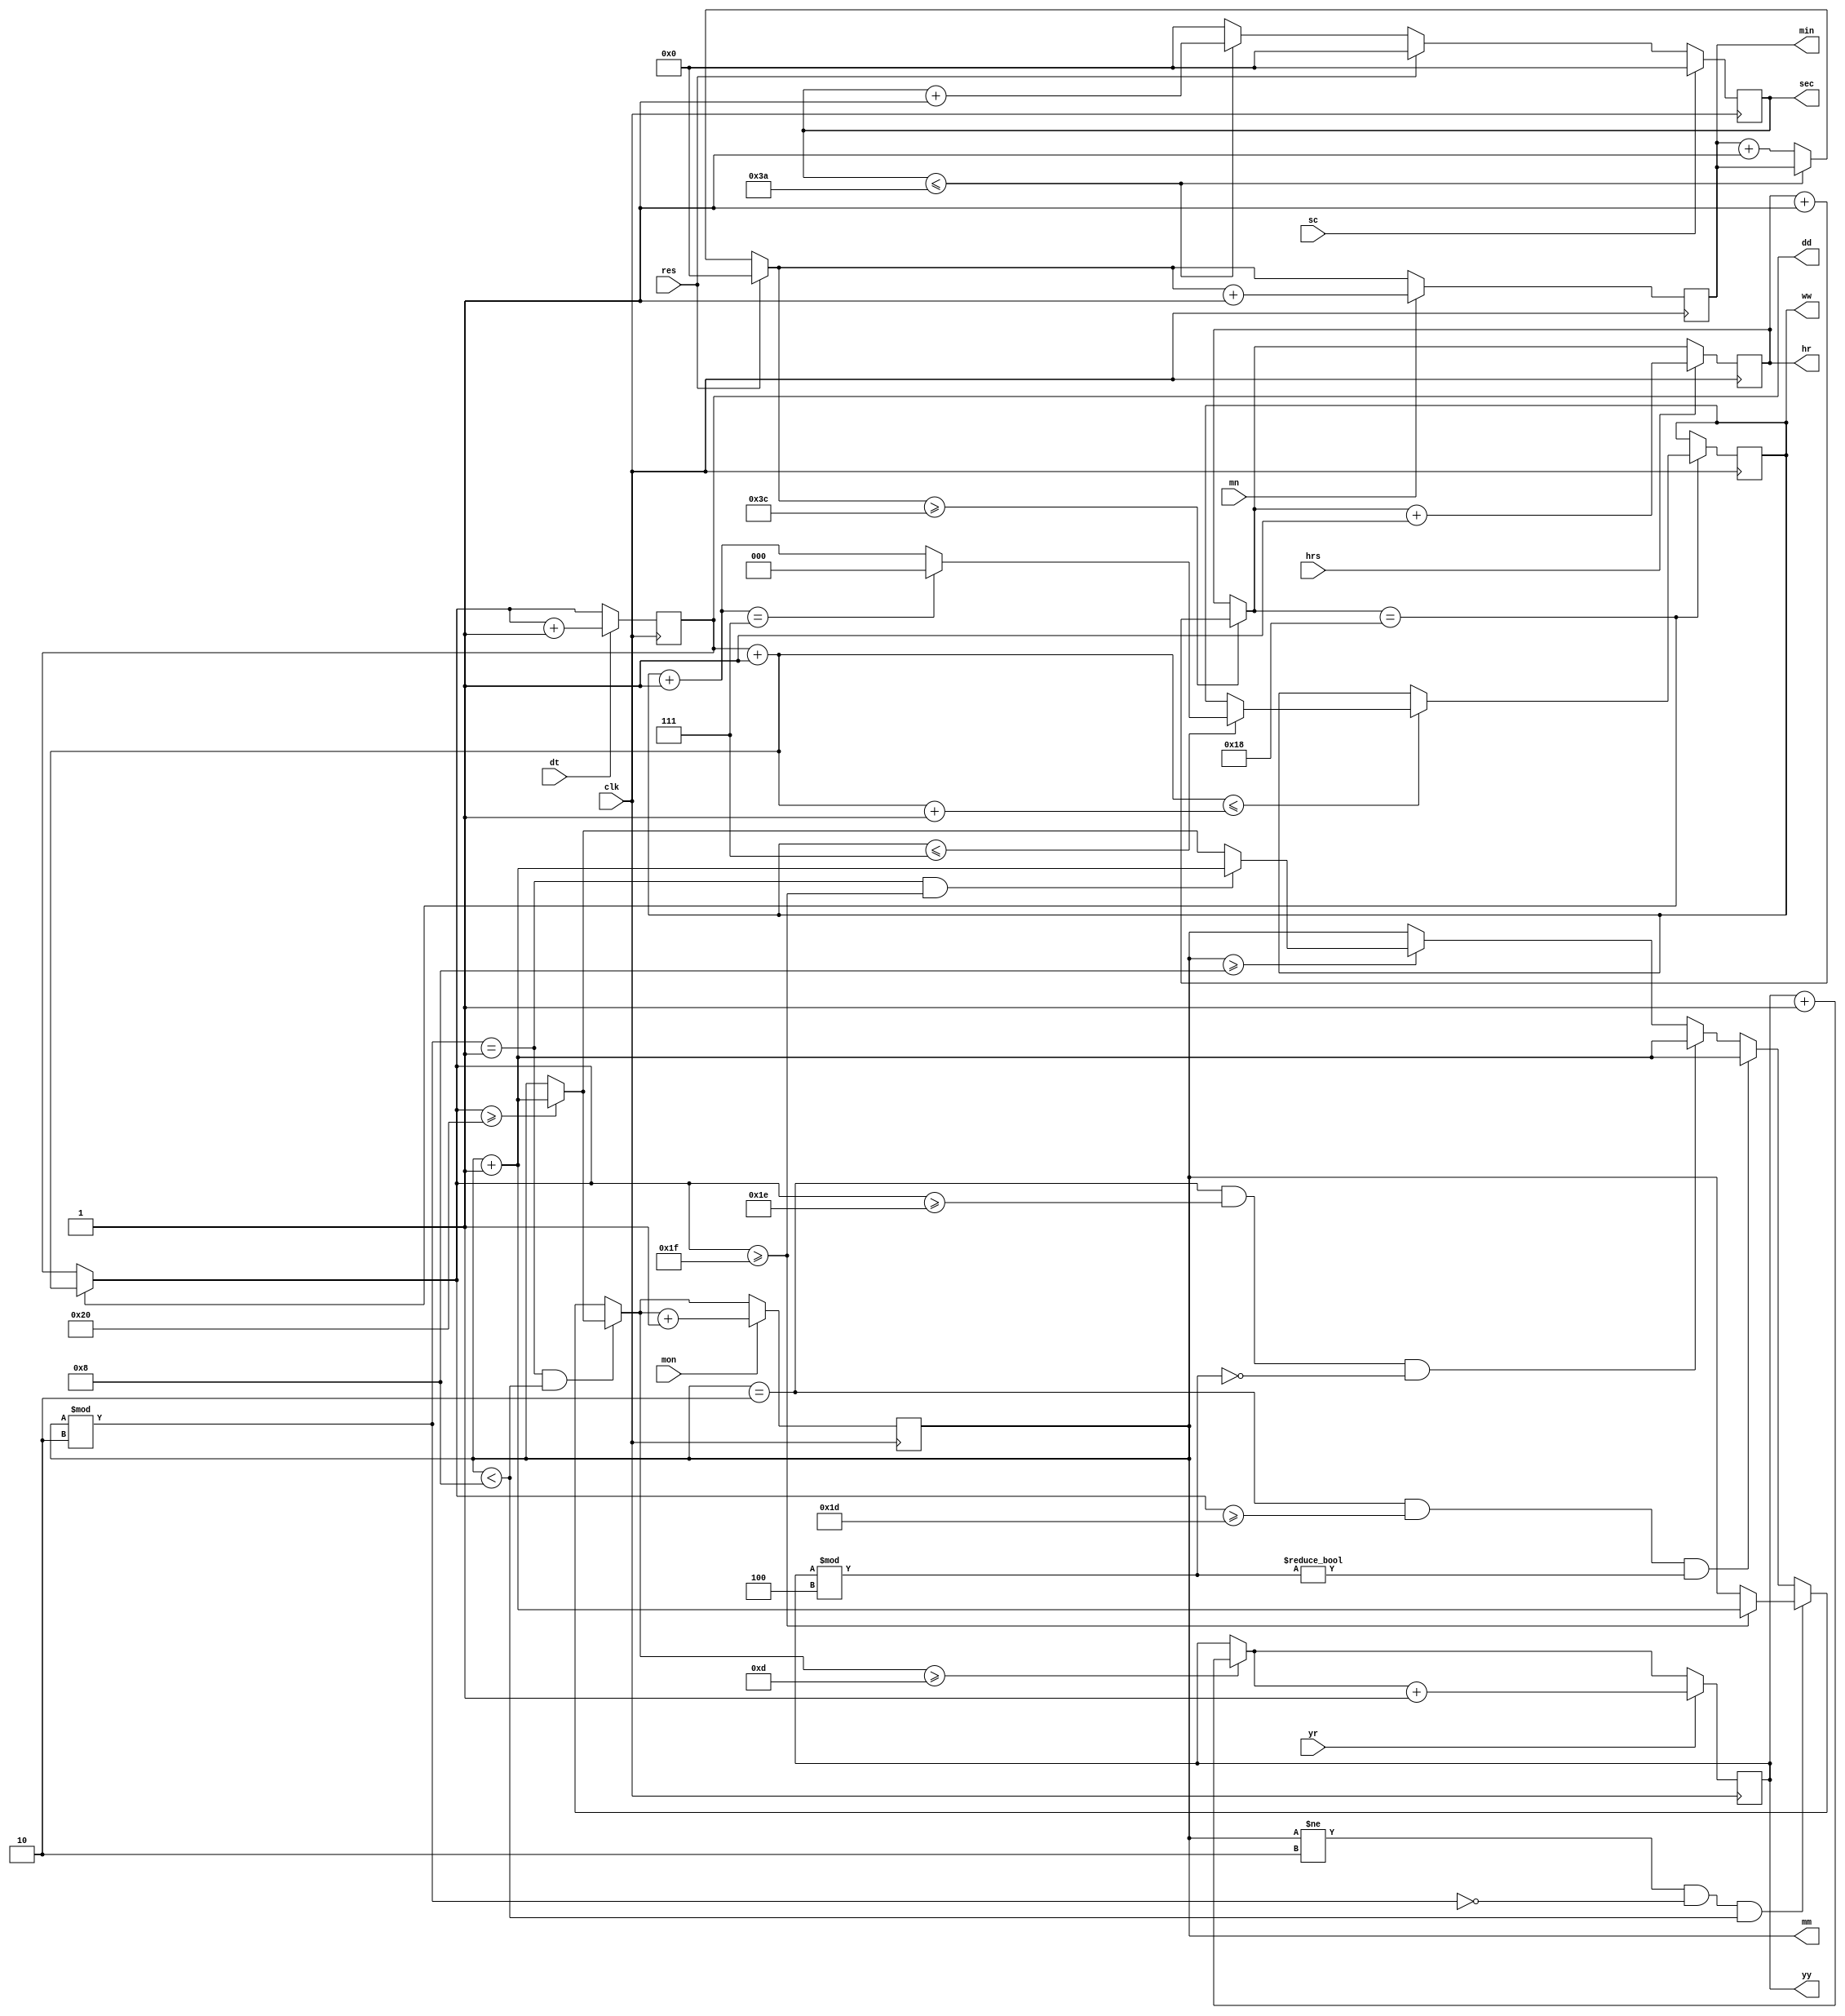
module digital(clk,res,sec,min,hr,dd,mm,yy,sc,mn,hrs,dt,mon,yr,ww);
input res,clk;
output reg[5:0]sec;
output reg[5:0]min;
output reg[4:0]hr;
output reg[5:0]dd;
output reg[1:3]ww;
output reg[3:0]mm;
output reg[11:0]yy;
input sc,mn,hrs,dt,mon,yr;
integer w,w1;
always@(posedge clk/*,posedge res,posedge sc,posedge mn,posedge hrs,posedge dt,posedge mon,posedge yr*/)
begin
   if(res)
       begin
           sec<=0;
           min<=0;
           hr<=0;
           dd<=1;
           mm<=1;
           yy<=2016;
           ww<=5;
       end   
     else if(sec<=58)
        begin
            sec=sec+1;
            //t=t+1;
           
        end           
     else
        begin
           sec<=0;
           min=min+1;
        end
     if(min>=60)
        begin
            min<=0;
            hr=hr+1;
        end
     
      if(hr==24)
        begin
            hr<=0;             
            dd=dd+1;
            w=dd;
            w1=dd+1;
            if(w<=w1)
                                    if(ww<=7)
                                        begin
                                            begin
                                                ww=ww+1;
                                            end
                                     if(ww==7)
                                        begin
                                            ww=0;
                                        end
                                        end
        end 
   
                    
       
        if(mm%2==1 && mm<8)
        begin   
        if(dd>=32)
            begin
                dd<=1;
                mm=mm+1;
            end
         end
         else if(mm!=2 && mm%2==0 && mm<8)
         begin
            if(dd>=31)
                begin
                    dd<=1;
                    mm=mm+1;
                end
             end
             else
                begin
         if(mm==2 && dd>=29 && yy%4!=0)
            begin
                dd<=1;
                mm=mm+1;
            end
            else if(mm==2 && dd>=30 && yy%4==0)
                begin
                     dd<=1;
                     mm=mm+1;
                end
            else if(mm>=8)
                begin
                    if(mm%2==1 && dd>=31)
                        begin
                                dd<=1;
                                mm=mm+1;
                         end
                       else
                        begin
                            if(dd>=32)
                                begin
                                    dd<=1;
                                    mm=mm+1;
                                end
                        end
                  end
                 end
                                   
         if(mm>=13)
            begin
                mm<=1;
                yy=yy+1;
            end
         if(sc)
         	begin
			sec=0;
		end
	if(mn)
		begin
			min=min+1;
		end
	if(hrs)
		begin
	       hr=hr+1;
		end	
	if(dt)
		begin
			dd=dd+1;
		end
	if(mon)
		begin
			mm=mm+1;
		end
	if(yr)
		begin
			yy=yy+1;
		end
end    
endmodule